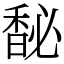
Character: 馝